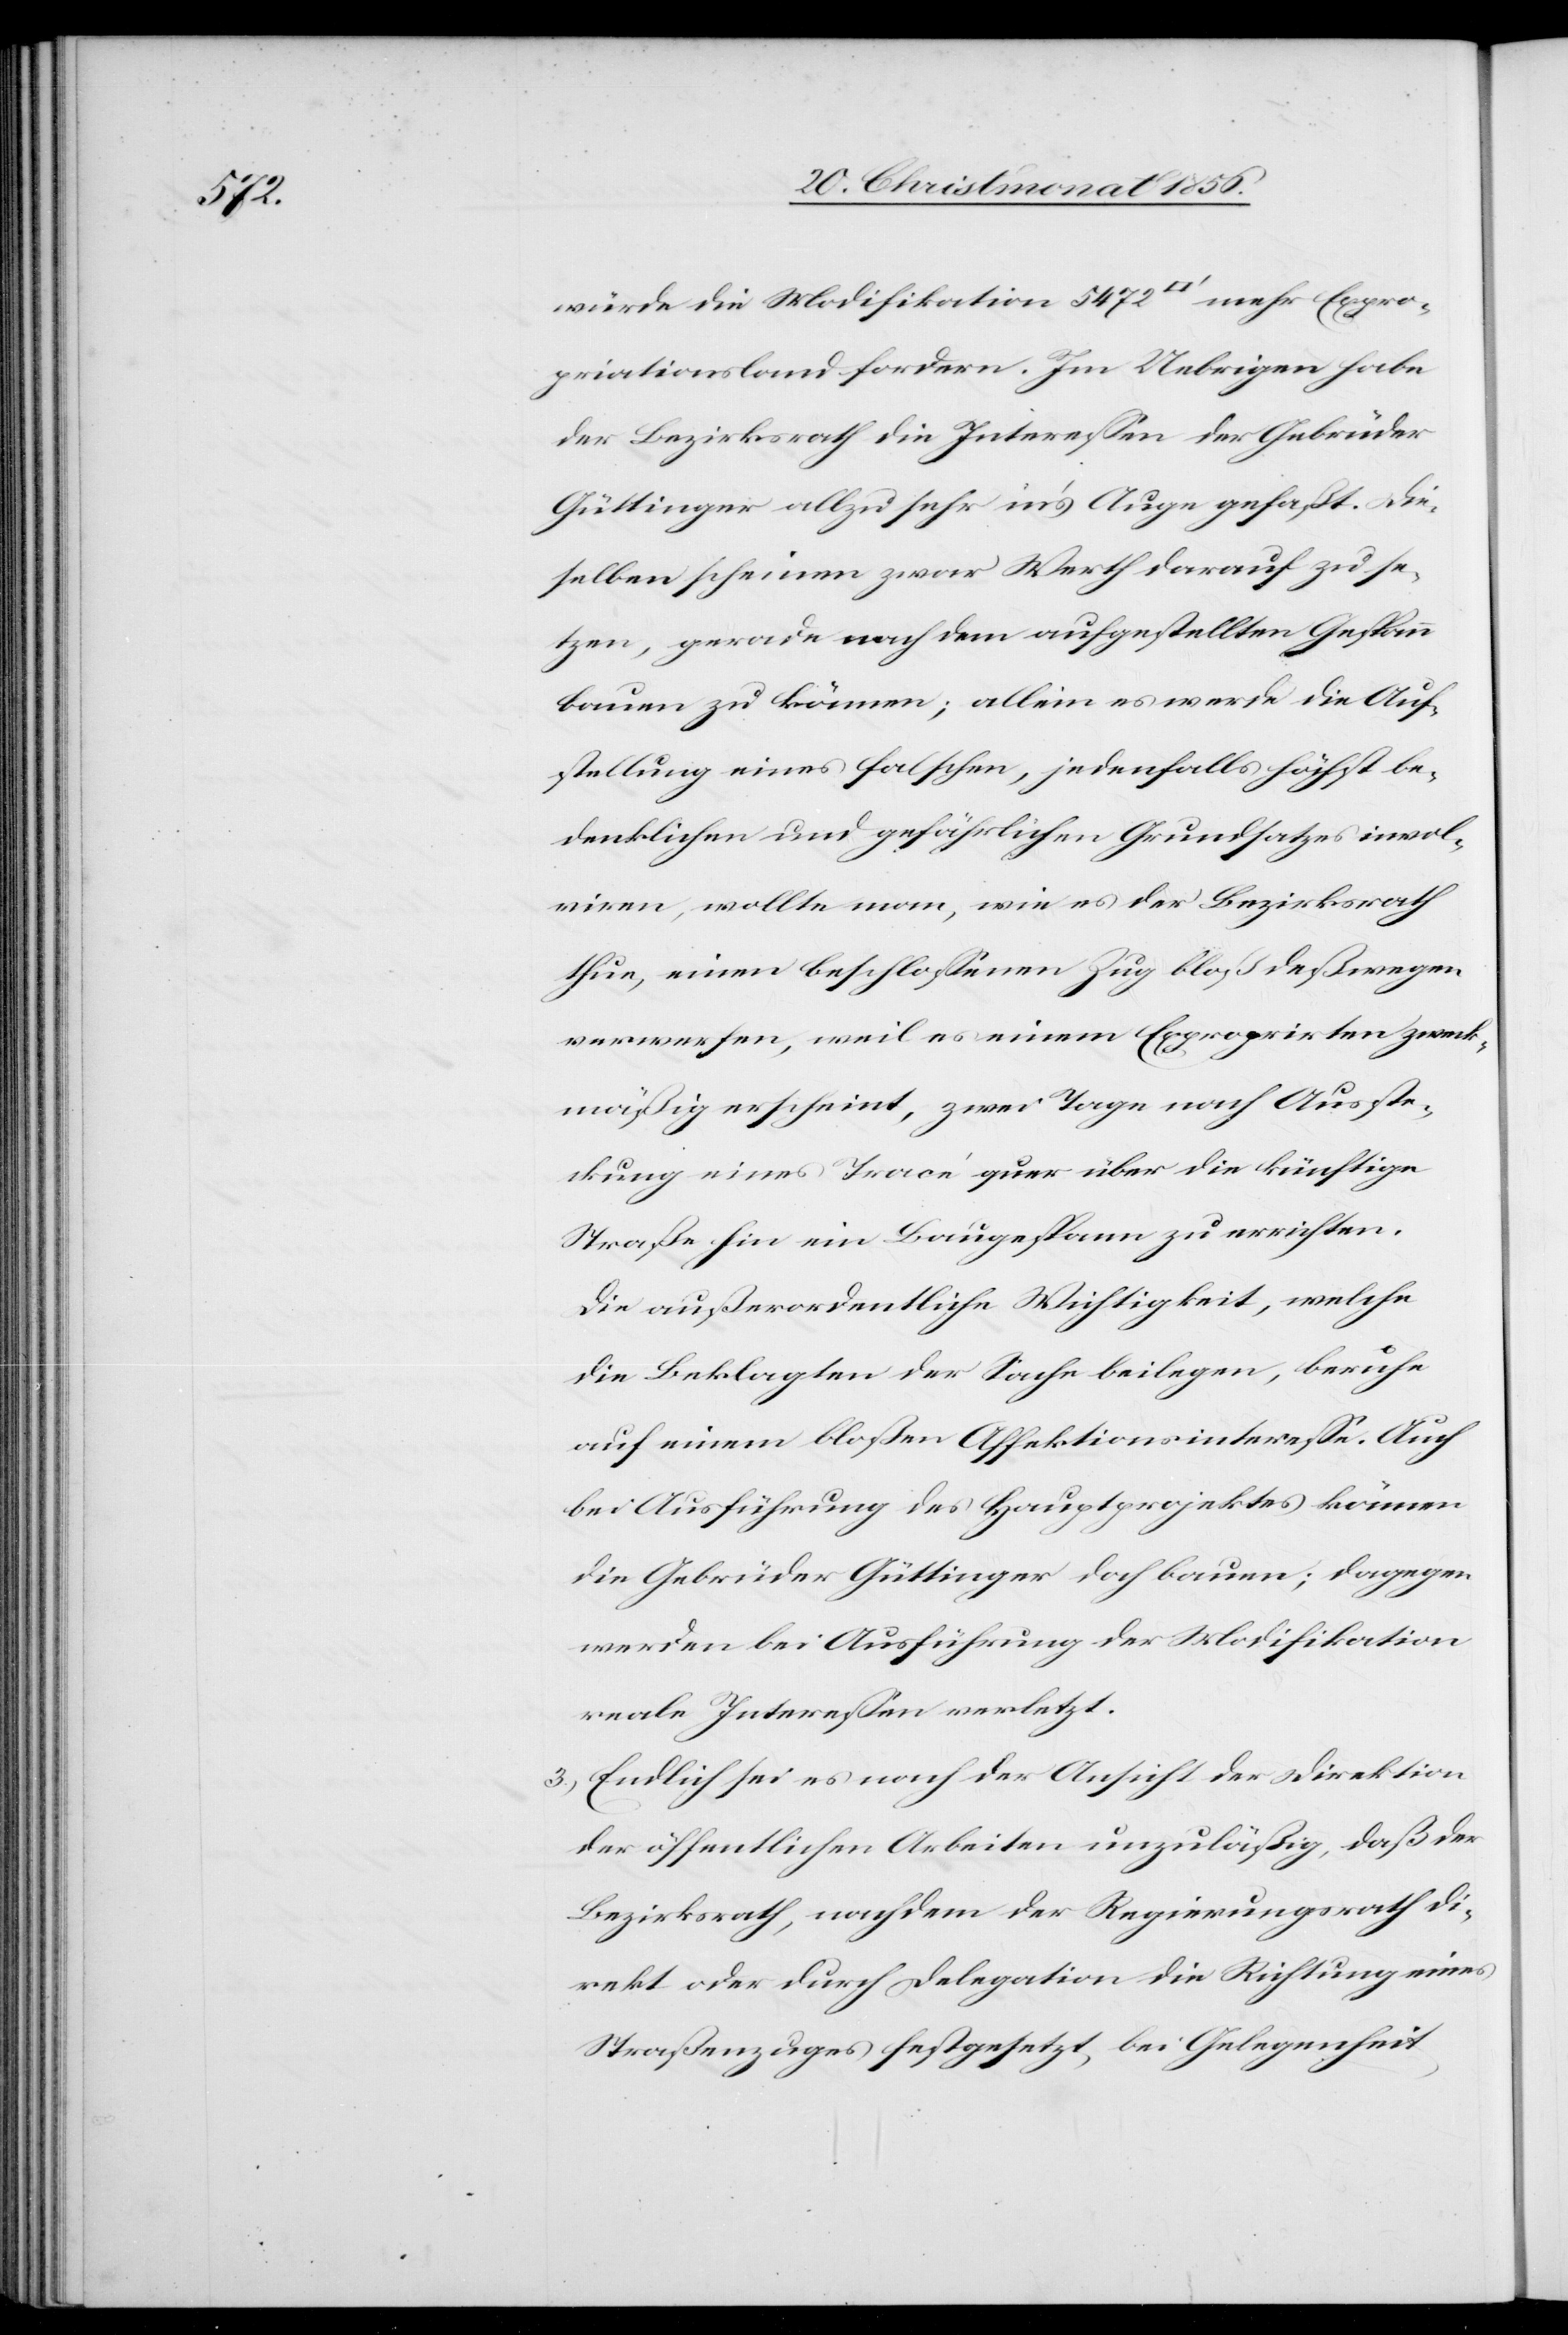
würde die Modifikation 5472 [Quadratfuss] mehr Expro¬
priationsland fordern. Im Uebrigen habe
der Bezirksrath die Interessen der Gebrüder
Güttinger allzu sehr in's Auge gefaßt. Die¬
selben scheinen zwar Werth darauf zu se¬
tzen, gerade nach dem aufgestellten Gespann
bauen zu können; allein es werde die Auf¬
stellung eines falschen, jedenfalls höchst be¬
denklichen und gefährlichen Grundsatzes invol¬
viren, wollte man, wie es der Bezirksrath
thue, einen beschlossenen Zug bloß deßwegen
verwerfen, weil es einem Exproprirten zweck¬
mäßig erscheint, zwei Tage nach Ausste¬
ckung eines Tracé quer über die künftige
Straße hin ein Baugespann zu errichten.
Die außerordentliche Wichtigkeit, welche
die Beklagten der Sache beilegen, beruhe
auf einem bloßen Affektionsinteresse. Auch
bei Ausführung des Hauptprojektes können
die Gebrüder Güttinger doch bauen; dagegen
werden bei Ausführung der Modifikation
reale Interessen verletzt.
3.) Endlich sei es nach der Ansicht der Direktion
der öffentlichen Arbeiten unzuläßig, daß der
Bezirksrath, nachdem der Regierungsrath di¬
rekt oder durch Delegation die Richtung eines
Straßenzuges festgesetzt, bei Gelegenheit